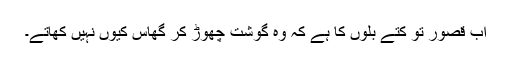
اب قصور تو کتے بلوں کا ہے کہ وہ گوشت چھوڑ کر گھاس کیوں نہیں کھاتے۔